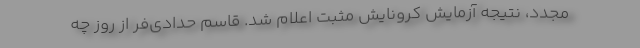
مجدد، نتیجه آزمایش کرونایش مثبت اعلام شد. قاسم حدادی‌فر از روز چه